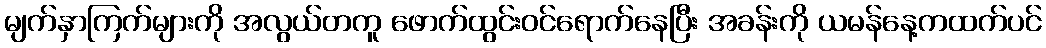
မျက်နှာကြက်များကို အလွယ်တကူ ဖောက်ထွင်းဝင်ရောက်နေပြီး အခန်းကို ယမန်နေ့ကထက်ပင်